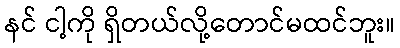
နင် ငါ့ကို ရှိတယ်လို့တောင်မထင်ဘူး။